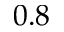
0 . 8